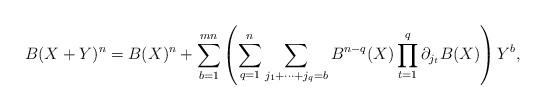
LaTeX: \begin{align*}B(X+Y)^n=B(X)^n+\sum\limits_{b=1}^{mn}\left(\sum\limits_{q=1}^n\sum\limits_{j_1+\dots+j_q=b}B^{n-q}(X)\prod\limits_{t=1}^q\partial_{j_t}B(X)\right)Y^b,\end{align*}